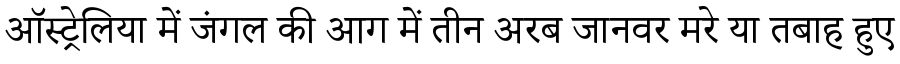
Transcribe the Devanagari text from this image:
ऑस्ट्रेलिया में जंगल की आग में तीन अरब जानवर मरे या तबाह हुए